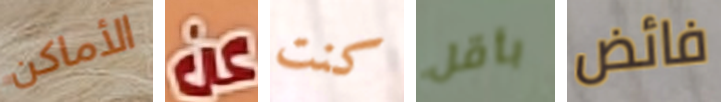
الأماكن عن كنت بأقل فائض